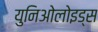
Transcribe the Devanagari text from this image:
युनिओलोइड्स